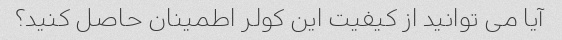
آیا می توانید از کیفیت این کولر اطمینان حاصل کنید؟